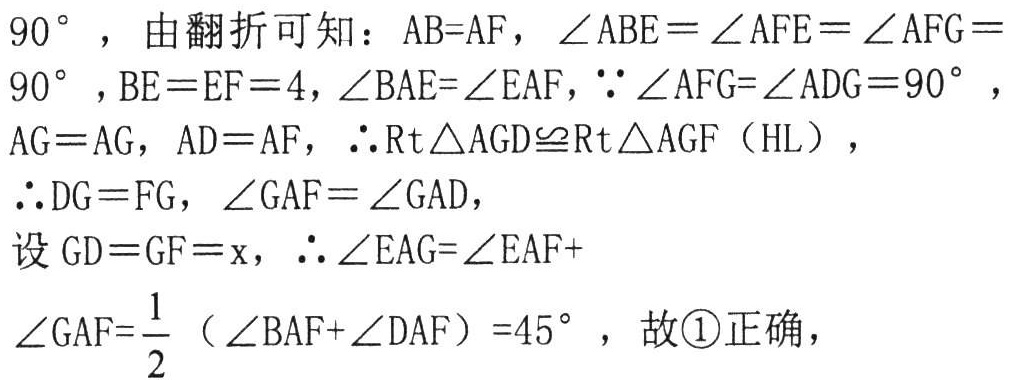
\(90^{\circ}\)，由翻折可知：\(AB = AF\)，\(\angle ABE=\angle AFE=\angle AFG = 90^{\circ}\)，\(BE = EF = 4\)，\(\angle BAE=\angle EAF\)，\(\because\angle AFG=\angle ADG = 90^{\circ}\)，\(AG = AG\)，\(AD = AF\)，\(\therefore \text{Rt}\triangle AGD\cong\text{Rt}\triangle AGF\)（\(HL\)），
\(\therefore DG = FG\)，\(\angle GAF=\angle GAD\)，
设\(GD = GF = x\)，\(\therefore\angle EAG=\angle EAF +\)
\(\angle GAF=\frac{1}{2}(\angle BAF+\angle DAF)=45^{\circ}\)，故\textcircled{1}正确，